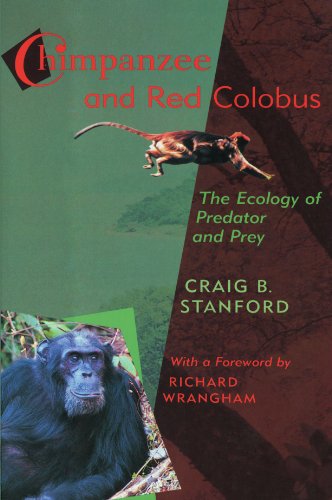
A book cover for Chimpanzee and Red Colobus: The Ecology of Predator and Prey, With a Foreword by Richard Wrangham; Craig B. Stanford; Science & Math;